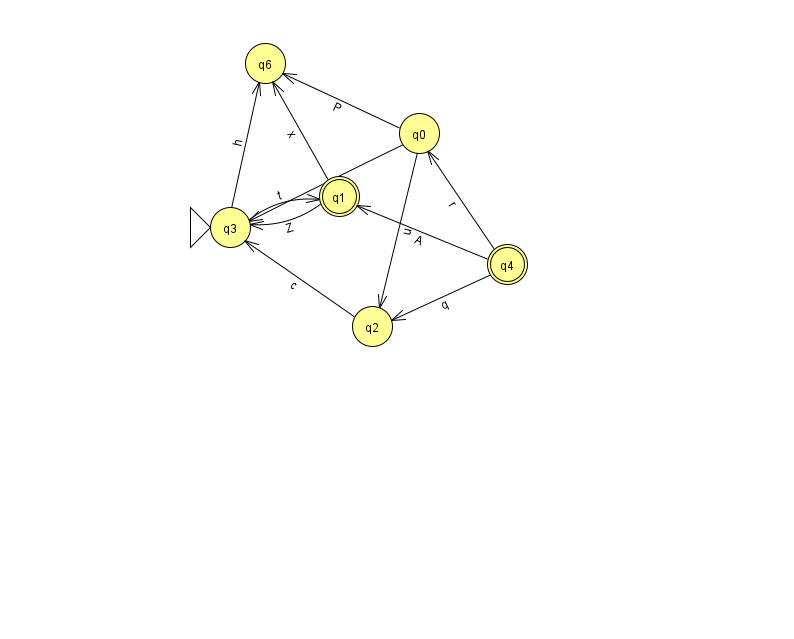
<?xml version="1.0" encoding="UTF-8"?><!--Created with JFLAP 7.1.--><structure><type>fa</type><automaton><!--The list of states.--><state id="0" name="q0"><x>419.0</x><y>120.0</y></state><state id="1" name="q1"><x>339.0</x><y>183.0</y><final/></state><state id="2" name="q2"><x>372.0</x><y>313.0</y></state><state id="3" name="q3"><x>230.0</x><y>214.0</y><initial/></state><state id="4" name="q4"><x>507.0</x><y>251.0</y><final/></state><state id="6" name="q6"><x>265.0</x><y>50.0</y></state><!--The list of transitions.--><transition><from>0</from><to>6</to><read>P</read></transition><transition><from>1</from><to>3</to><read>Z</read></transition><transition><from>1</from><to>6</to><read>x</read></transition><transition><from>4</from><to>0</to><read>r</read></transition><transition><from>0</from><to>3</to><read>W</read></transition><transition><from>4</from><to>1</to><read>A</read></transition><transition><from>0</from><to>2</to><read>u</read></transition><transition><from>3</from><to>6</to><read>h</read></transition><transition><from>2</from><to>3</to><read>c</read></transition><transition><from>3</from><to>1</to><read>t</read></transition><transition><from>4</from><to>2</to><read>q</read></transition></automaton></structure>